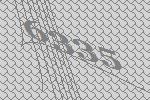
6335